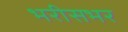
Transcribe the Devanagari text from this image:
भरीसभर